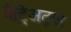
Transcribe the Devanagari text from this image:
पैट्रिअट्स